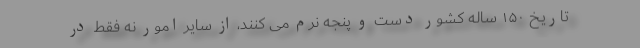
تاریخ ۱۵۰ ساله کشور دست و پنجه نرم می کنند، از سایر امور نه فقط در